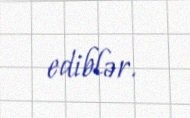
ediblər.